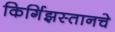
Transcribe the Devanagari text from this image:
किर्गिझस्तानचे